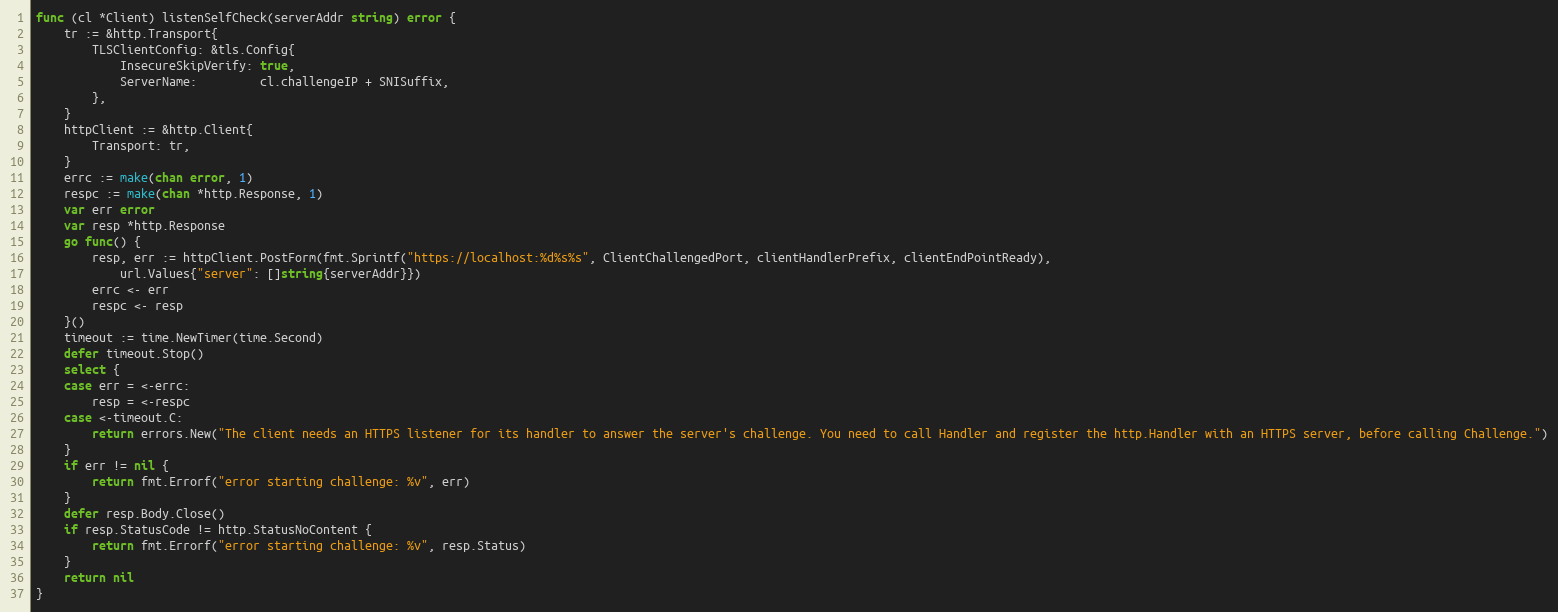
Language: Go
func (cl *Client) listenSelfCheck(serverAddr string) error {
	tr := &http.Transport{
		TLSClientConfig: &tls.Config{
			InsecureSkipVerify: true,
			ServerName:         cl.challengeIP + SNISuffix,
		},
	}
	httpClient := &http.Client{
		Transport: tr,
	}
	errc := make(chan error, 1)
	respc := make(chan *http.Response, 1)
	var err error
	var resp *http.Response
	go func() {
		resp, err := httpClient.PostForm(fmt.Sprintf("https://localhost:%d%s%s", ClientChallengedPort, clientHandlerPrefix, clientEndPointReady),
			url.Values{"server": []string{serverAddr}})
		errc <- err
		respc <- resp
	}()
	timeout := time.NewTimer(time.Second)
	defer timeout.Stop()
	select {
	case err = <-errc:
		resp = <-respc
	case <-timeout.C:
		return errors.New("The client needs an HTTPS listener for its handler to answer the server's challenge. You need to call Handler and register the http.Handler with an HTTPS server, before calling Challenge.")
	}
	if err != nil {
		return fmt.Errorf("error starting challenge: %v", err)
	}
	defer resp.Body.Close()
	if resp.StatusCode != http.StatusNoContent {
		return fmt.Errorf("error starting challenge: %v", resp.Status)
	}
	return nil
}